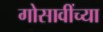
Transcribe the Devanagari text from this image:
गोसावींच्या